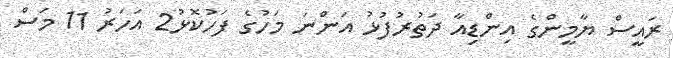
ރައީސް ޔާމީންގެ އިންޑިއާ ދަތުރުފުޅު އަންނަ މަހުގެ ފަހުކޮޅު2 އަހަރު 11 މަސް